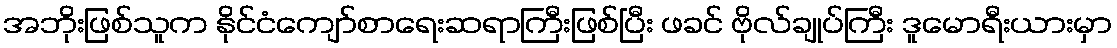
အဘိုးဖြစ်သူက နိုင်ငံကျော်စာရေးဆရာကြီးဖြစ်ပြီး ဖခင် ဗိုလ်ချုပ်ကြီး ဒူမောရီးယားမှာ